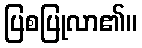
ပြစပြုလာ၏။